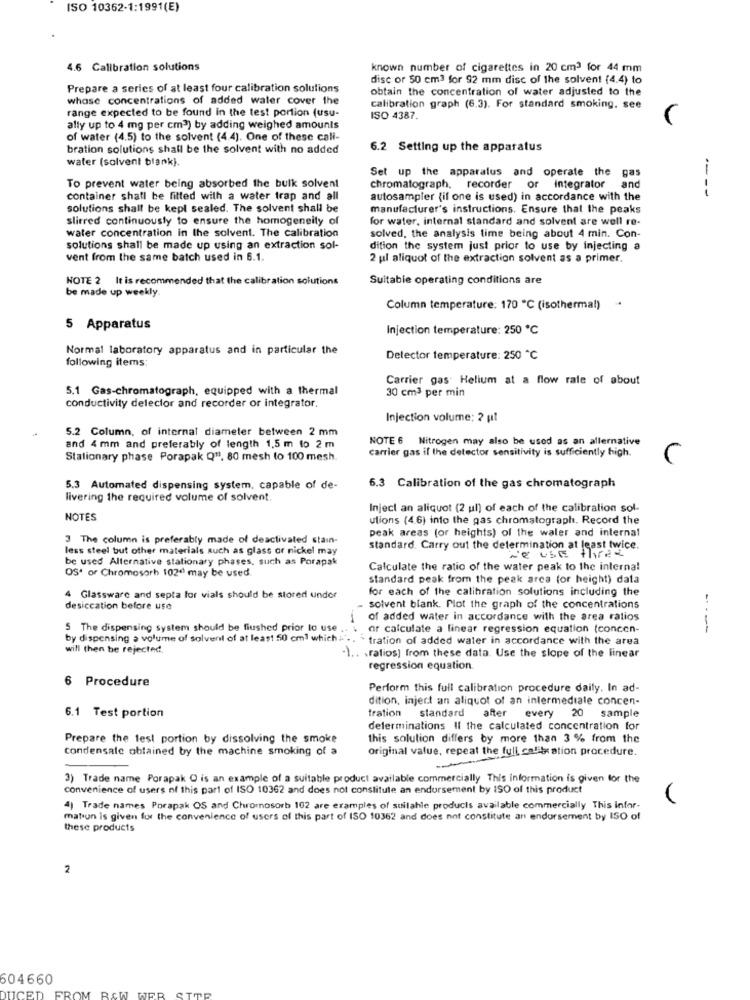
ISO 10362-1:1991(E)
4.6 Calibration solutions
known number of cigarettes in 20 cm3 for 44 mm
disc or 50 cm3 for 92 mm disc of the solvent {4.4) to
Prepare a series of at least four calibration solutions
obtain the concentration of water adjusted to the
whose concentrations of added water cover the
range expected to be found in the test portion (usu-
calibration graph (6.3). For standard smoking. see
ISO 4387.
ally up to 4 mg per cm3) by adding weighed amounts
of water (4.5) to the solvent (4.4). One of these cali-
bration solutions shall be the solvent with no added
6.2 Setting up the apparatus
water (solvent blank}
Set up the apparatus and operate the gas
To prevent water being absorbed the bulk solvent
chromatograph, recorder or integrator and
---
container shall be fitted with a water trap and all
autosampler {if one is used) in accordance with the
solutions shall be kepl sealed. The solvent shall be
manufacturer's instructions. Ensure that the peaks
stirred continuously to ensure the homogeneity of
for water, internal standard and solvent are well re-
water concentration in the solvent. The calibration
solved, the analysis time being about 4 min. Con-
solutions shall be made up using an extraction sol-
dition the system just prior to use by injecting a
vent from the same batch used in 6.1.
2 ul aliquot of the extraction solvent as a primer.
NOTE 2 It is recommended that the calibration solutions
Suitable operating conditions are
be made up weekly.
Column temperature: 170 ℃ (isothermal)
5 Apparatus
Injection temperature: 250 ℃
Normal laboratory apparatus and in particular the
following items:
Detector temperature: 250 ℃
Carrier gas Helium at a flow rate of about
5.1 Gas-chromatograph, equipped with a thermal
30 cm3 per min
conductivity delector and recorder or integrator.
Injection volume; ? pt
5.2 Column, of internal diameter between 2 mm
NOTE 6 Nitrogen may also be used as an allernative
and 4 mm and preferably of length 1.5 m to 2 m
carrier gas if the detector sensitivity is sufficiently high.
Stationary phase Porapak Q11, 80 mesh to 100 mesh.
C
5.3 Automated dispensing system, capable of de-
6.3 Calibration of the gas chromatograph
livering the required volume of solvent.
Inject an aliquot (2 ul) of each of the calibration sol-
NOTES
utions (4.6) into the gas chromatograph. Record the
peak areas (or heights) of the waler and internal
3 The column is preferably made of deactivated stain-
less steel but other materials such as glass or nickel may
standard. Carry out the determination at least twice.
we use three
be used Alternative stationary phases, such as Porapak
OS* of Chromosorh 1024 may be used.
Calculate the ratio of the water peak to the internal
standard peak from the peak arca (or height) data
for each of the calibration solutions including the
4 Glassware and septa for vials should be stored undor
desiccation before use
solvent blank. Plot the graph of the concentrations
of added water in accordance with the area ratios
5 The dispensing system should be flushed prior to use .
or calculate a linear regression equation (concon-
---
by dispensing a volume of solvent of at least 50 cm3 which
tration of added water in accordance with the area
will then be rejected.
1 .. . ratios) from these data. Use the slope of the linear
regression equation
6 Procedure
Perform this full calibration procedure daily. In ad-
dition, inject an aliquot of an intermediate concen-
6.1 Test portion
tration standard
after every 20 sample
determinations Il the calculated concentration for
Prepare the test portion by dissolving the smoke
this solution differs by more than 3 % from the
Condensate obtained by the machine smoking of a
original value, repeat the full calibration procedure.
3) Trade name Porapak Q is an example of a suitable product available commercially This information is given for the
convenience of users of this part of ISO 10362 and does not constitute an endorsement by ISO of this product
4) Trade names Porapak OS and Chromosorb 102 are examples of suitable products available commercially This Infor-
mation is given for the convenience of users of this part of ISO 10362 and does not constitute an endorsement by ISO of
these products
2
604660
DUCED
FROM RAW